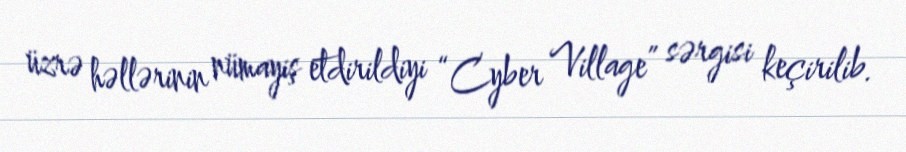
üzrə həllərinin nümayiş etdirildiyi “Cyber Village” sərgisi keçirilib.